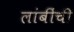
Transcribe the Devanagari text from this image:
लांबींची